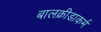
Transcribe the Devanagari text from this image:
बालक्रीडाकर्म